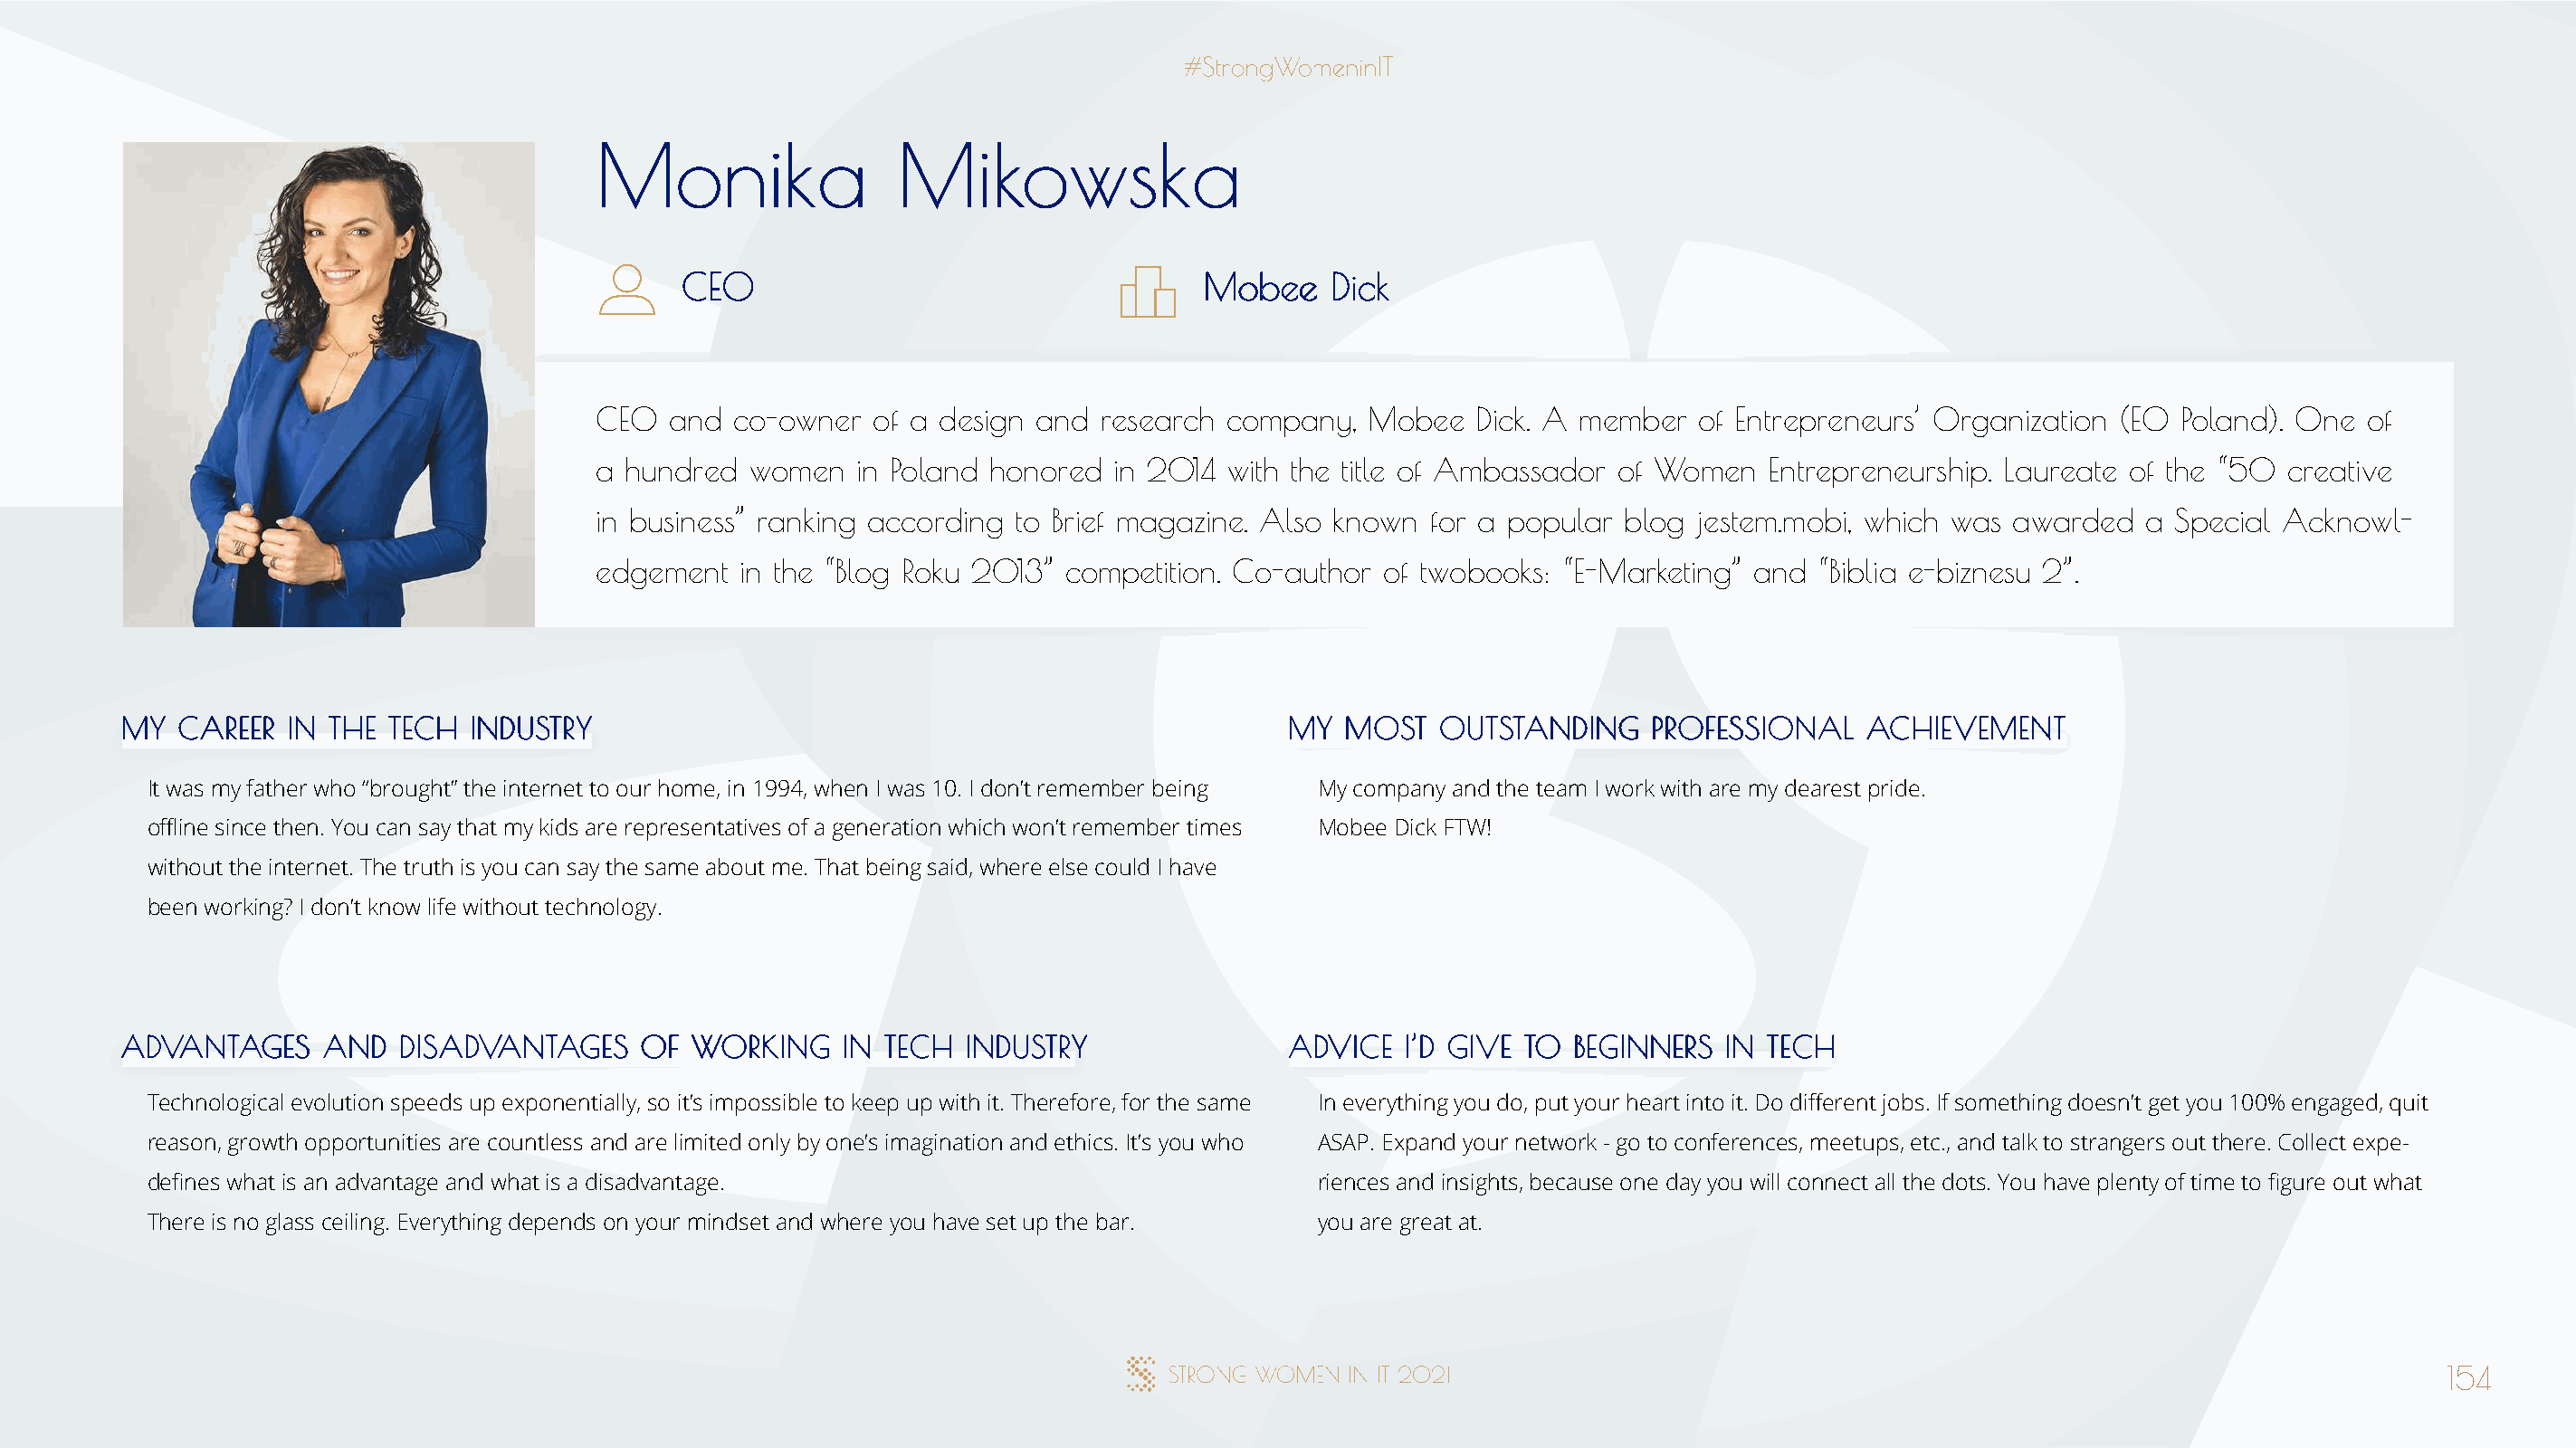
MMoonniikkaa          MMiikkoowwsskkaa
 CCEEOO                                MMoobbeeee DDiicckk
 CEO  and  co-owner  of a design and research  company,  Mobee   Dick. A member  of Entrepreneurs’ Organization (EO  Poland). One of
 a hundred  women   in Poland honored in 2014  with the title of Ambassador of Women  Entrepreneurship. Laureate of the “50 creative
 in business” ranking according to Brief magazine. Also known for a popular blog jestem.mobi, which was awarded   a Special Acknowl-
 edgement  in the “Blog Roku 2013” competition. Co-author of twobooks: “E-Marketing” and  “Biblia e-biznesu 2”.
 MMYY CCAARREEEERR IINN TTHHEE TTEECCHH IINNDDUUSSTTRRYY                              MMYY MMOOSSTT OOUUTTSSTTAANNDDIINNGG PPRROOFFEESSSSIIOONNAALL AACCHHIIEEVVEEMMEENNTT
 It was my father who “brought” the internet to our home, in 1994, when I was 10. I don’t remember being My company and the team I work with are my dearest pride.
 offline since then. You can say that my kids are representatives of a generation which won’t remember times Mobee Dick FTW!
 without the internet. The truth is you can say the same about me. That being said, where else could I have
 been working? I don’t know life without technology.
 AADDVVAANNTTAAGGEESS AANNDD DDIISSAADDVVAANNTTAAGGEESS OOFF WWOORRKKIINNGG IINN TTEECCHH IINNDDUUSSTTRRYY AADDVVIICCEE II’’DD GGIIVVEE TTOO BBEEGGIINNNNEERRSS IINN TTEECCHH
 Technological evolution speeds up exponentially, so it’s impossible to keep up with it. Therefore, for the same In everything you do, put your heart into it. Do different jobs. If something doesn’t get you 100% engaged, quit
 reason, growth opportunities are countless and are limited only by one’s imagination and ethics. It’s you who ASAP. Expand your network - go to conferences, meetups, etc., and talk to strangers out there. Collect expe-
 defines what is an advantage and what is a disadvantage.                             riences and insights, because one day you will connect all the dots. You have plenty of time to figure out what
 There is no glass ceiling. Everything depends on your mindset and where you have set up the bar. you are great at.
 154